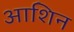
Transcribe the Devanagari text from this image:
आशिन